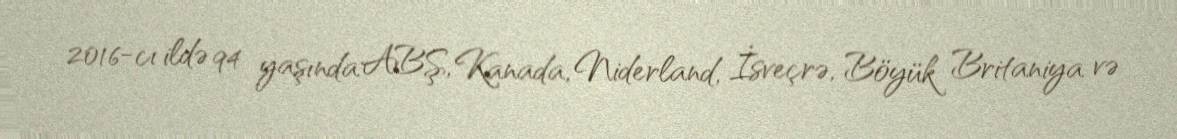
2016-cı ildə 94 yaşında ABŞ, Kanada, Niderland, İsveçrə, Böyük Britaniya və